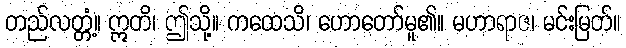
တည်လတ္တံ့။ ဣတိ၊ ဤသို့။ ကထေသိ၊ ဟောတော်မူ၏။ မဟာရာဇ၊ မင်းမြတ်။